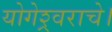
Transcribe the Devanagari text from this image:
योगेश्र्वराचे।